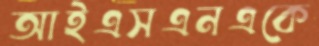
আইএসএনএকে